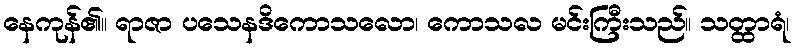
နေကုန်၏။ ရာဇာ ပသေနဒိကောသလော၊ ကောသလ မင်းကြီးသည်။ သတ္ထာရံ၊